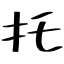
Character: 托